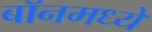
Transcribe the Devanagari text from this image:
बॉनमध्ये